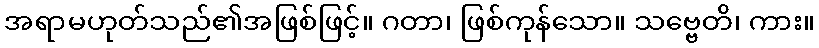
အရာမဟုတ်သည်၏အဖြစ်ဖြင့်။ ဂတာ၊ ဖြစ်ကုန်သော။ သဗ္ဗေတိ၊ ကား။